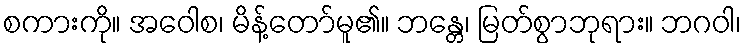
စကားကို။ အဝေါစ၊ မိန့်တော်မူ၏။ ဘန္တေ၊ မြတ်စွာဘုရား။ ဘဂဝါ၊